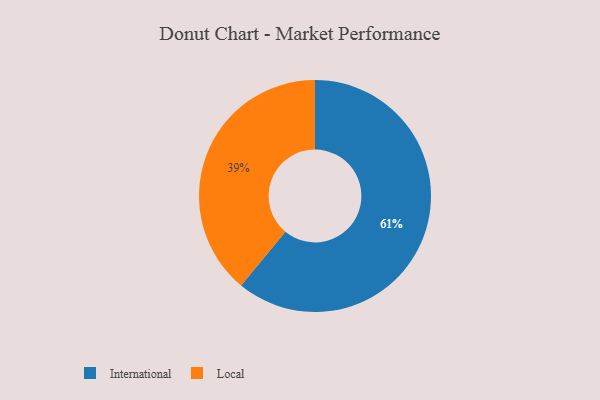
{"axis": {"x": "Category", "y": "Percentage"}, "legend": ["International", "Local"], "data": [{"x": "Local", "y": 39, "type": "Local"}, {"x": "International", "y": 61, "type": "International"}]}